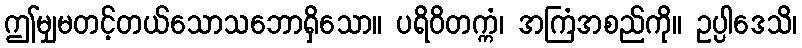
ဤမျှမတင့်တယ်သောသဘောရှိသော။ ပရိဝိတက္ကံ၊ အကြံအစည်ကို။ ဥပ္ပါဒေသိ၊